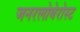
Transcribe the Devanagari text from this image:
जनरलोबेरोस्ट